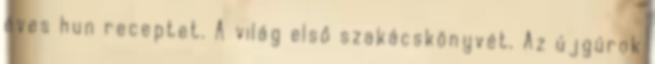
éves hun receptet. A világ első szakácskönyvét. Az újgúrok